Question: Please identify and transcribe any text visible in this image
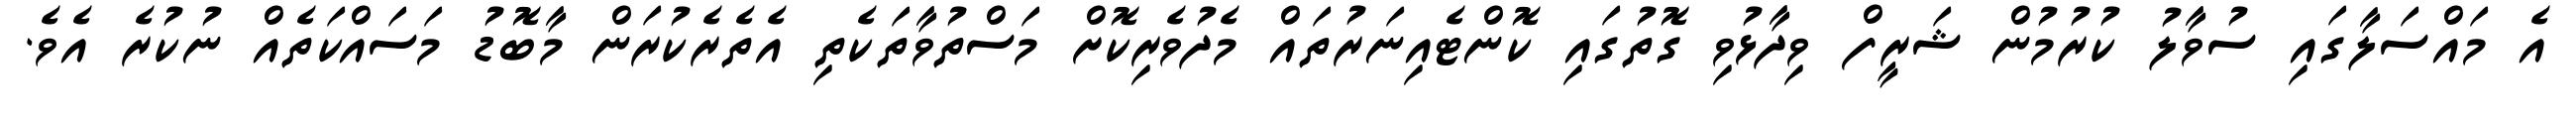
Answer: އެ މައްސަލާގައި ސުވާލު ކުރުމުން ޝަރީފް ވިދާޅުވި ގޮތުގައި ކޮންޓެއިނަރުތައް މެދުވެރިކޮށް މަސްތުވާތަކެތި އެތެރެކުރަން މާބޮޑު މަސައްކަތެއް ނުކުރެ އެވެ.